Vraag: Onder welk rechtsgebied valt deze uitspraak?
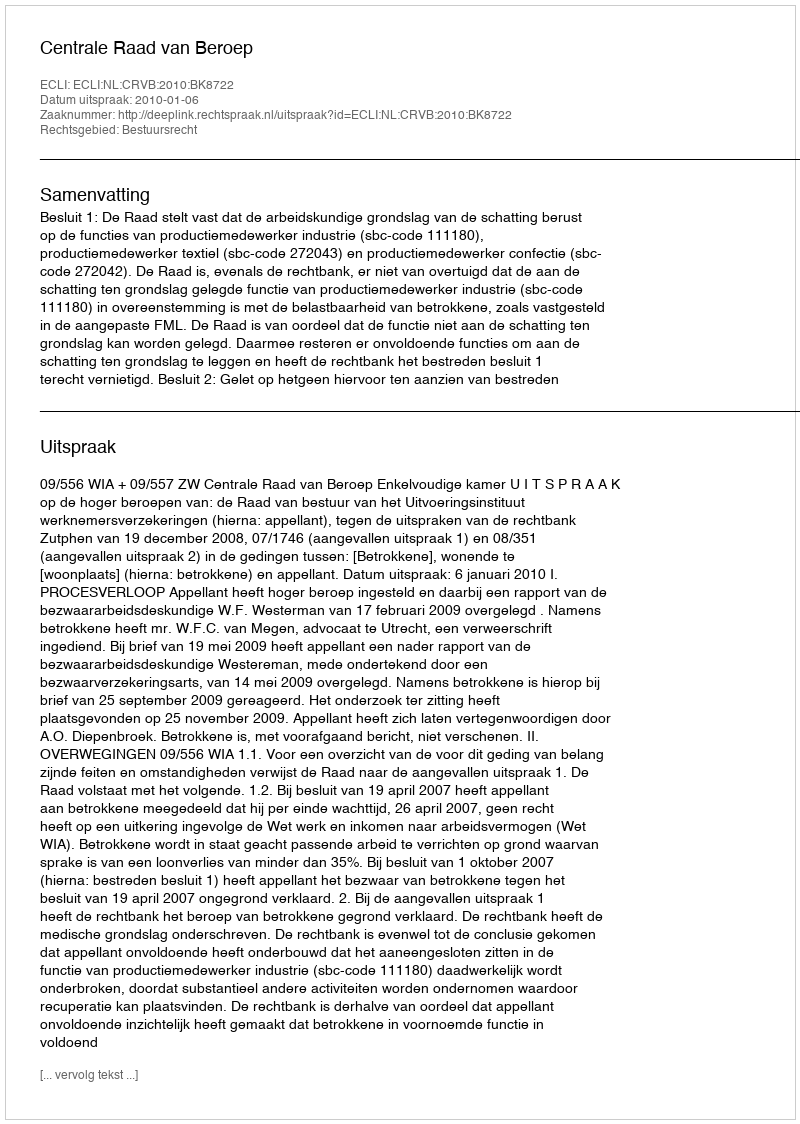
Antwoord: Bestuursrecht